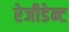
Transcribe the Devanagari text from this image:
रेजीडेन्ट